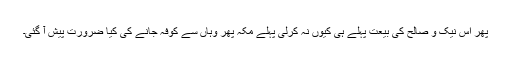
پھر اس نیک و صالح کی بیعت پہلے ہی کیوں نہ کرلی پہلے مکہ پھر وہاں سے کوفہ جانے کی کیا ضرورت پیش آ گئی۔